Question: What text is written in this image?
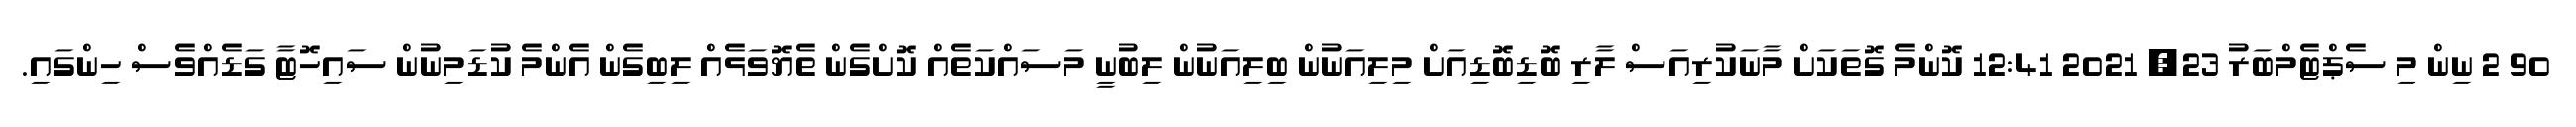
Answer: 90 2 ނިން މި ސެޕްޓެމްބަރު 23, 2021 12:41 ކޮންމެ ގޮތަކަށް މާނަކުރިއަސް ލާރި ބޮޑިބޮޑިއަށް މިލިއަނުން ބިލިއަނުން ލިބުނީ މަސައްކަތެއް ކޮށްގެން ތެޔޮވަޅެއް ލިބިގެން އެންމެ ކުޑަމިނުން ސައިހޮޓާ ގަޑެއްވެސް ހިންގައި.